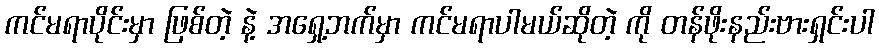
ကင်မရာပိုင်းမှာ ဖြစ်တဲ့ နဲ့ အရှေ့ဘက်မှာ ကင်မရာပါမယ်ဆိုတဲ့ ကို တန်ဖိုးနည်းဗားရှင်းပါ